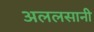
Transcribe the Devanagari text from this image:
अललसानी